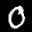
Label: 0